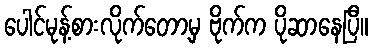
ပေါင်မုန့်စားလိုက်တော့မှ ဗိုက်က ပိုဆာနေပြီ။